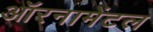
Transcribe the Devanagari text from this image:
ऑरनामेंटल